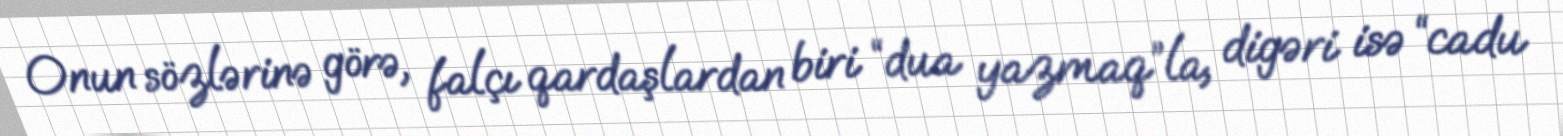
Onun sözlərinə görə, falçı qardaşlardan biri “dua yazmaq”la, digəri isə “cadu